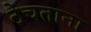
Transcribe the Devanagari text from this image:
ठेचताना